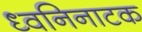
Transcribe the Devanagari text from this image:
ध्वनिनाटक